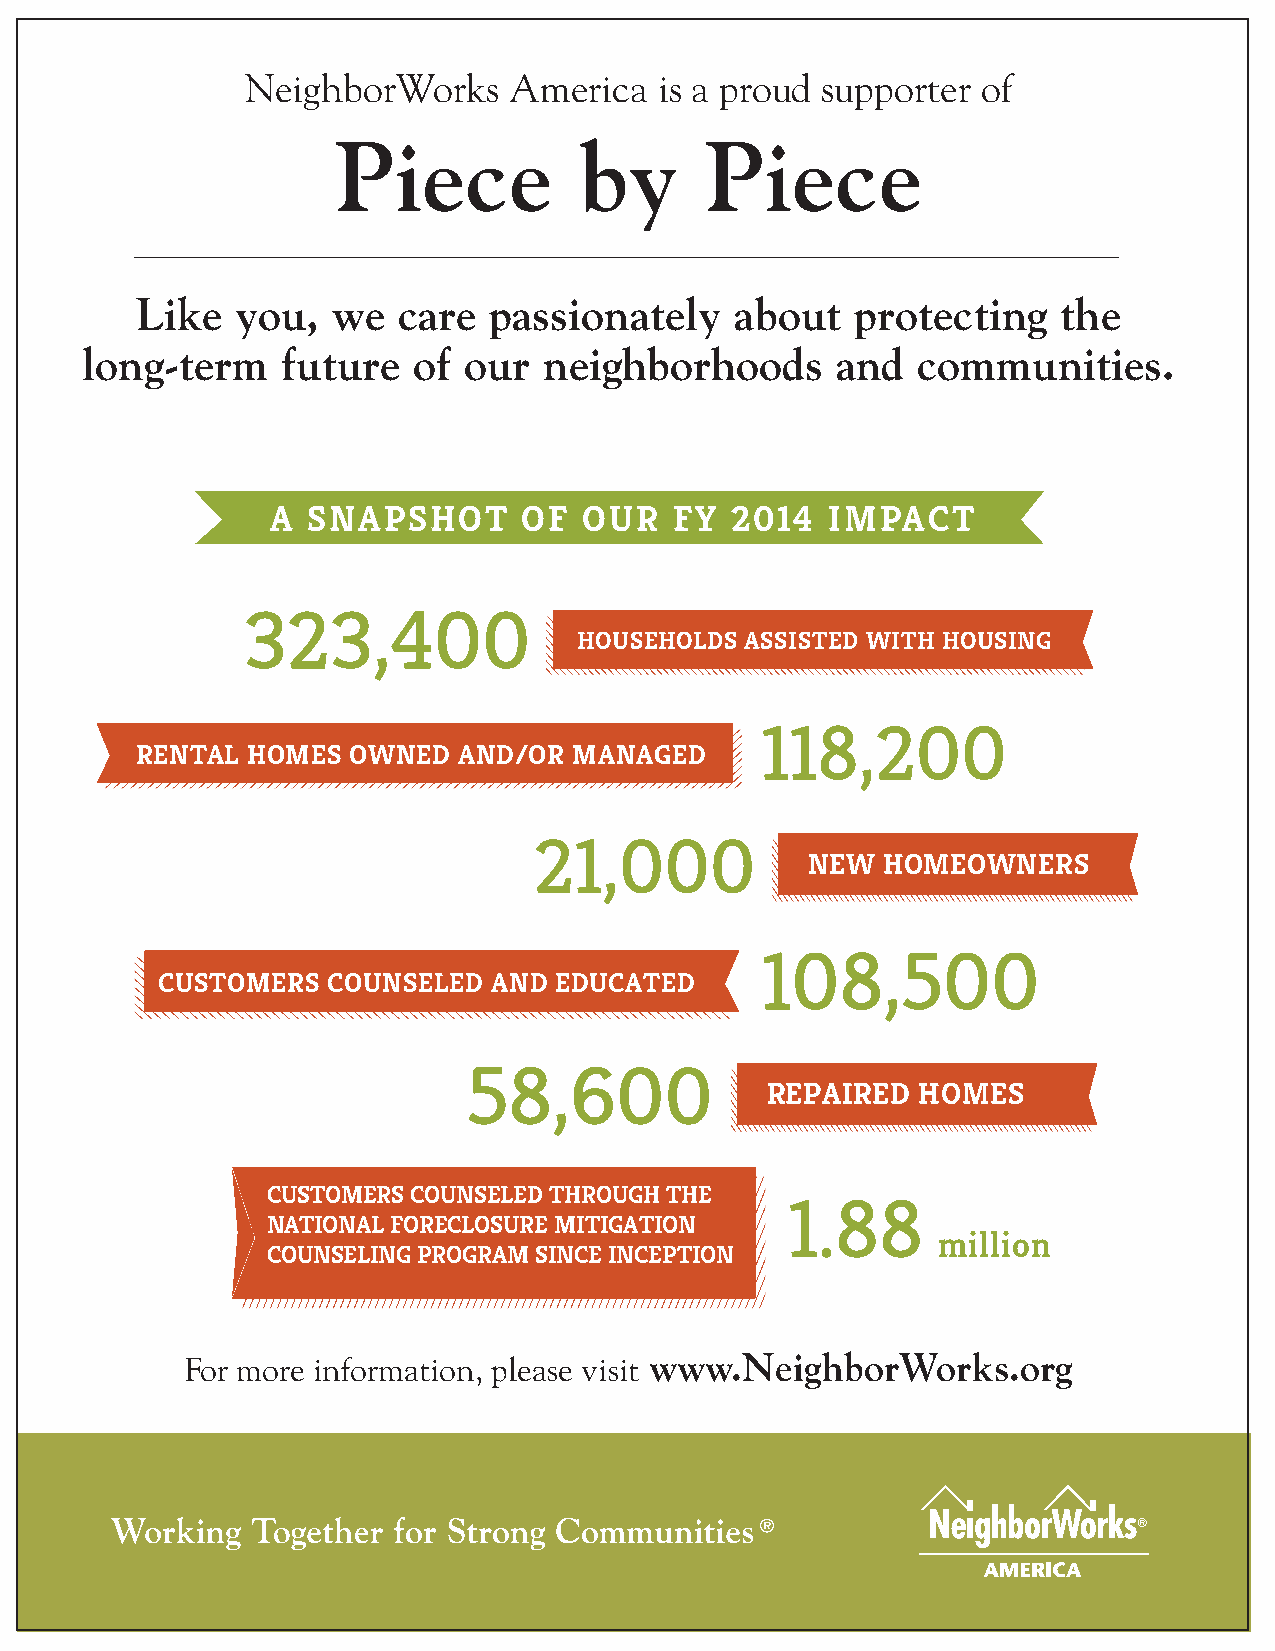
NeighborWorks     America   is a proud supporter of
 Piece           by       Piece
 Like   you,  we  care  passionately     about   protecting   the
 long-term     future  of  our  neighborhoods      and   communities.
 A SNAPSHOT       OF  OUR   FY 2014   IMPACT
 323,400
 HOUSEHOLDS ASSISTED WITH HOUSING
 118,200
 RENTAL HOMES  OWNED  AND/OR  MANAGED
 21,000
 NEW  HOMEOWNERS
 108,500
 CUSTOMERS   COUNSELED  AND EDUCATED
 58,600
 REPAIRED  HOMES
 CUSTOMERS COUNSELED THROUGH THE
 1.88
 NATIONAL FORECLOSURE MITIGATION
 million
 COUNSELING PROGRAM SINCE INCEPTION
 For more information, please visit www.NeighborWorks.org
 10 | www.PiecebyPieceAtlanta.org